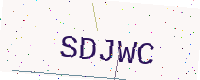
Text: SDJWC